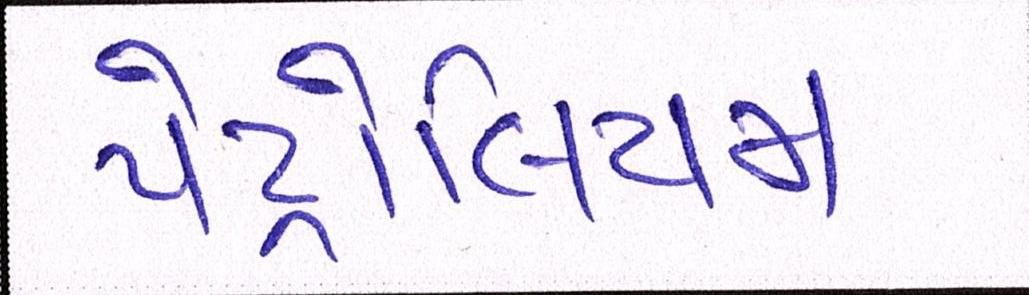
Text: પેટ્રોલિયમ